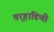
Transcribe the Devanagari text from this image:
वर्‍हाडिणी